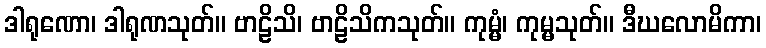
ဒါရုဏော၊ ဒါရုဏသုတ်။ ဗာဠိသိ၊ ဗာဠိသိကသုတ်။ ကုမ္မံ၊ ကုမ္မသုတ်။ ဒီဃလောမိကာ၊